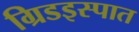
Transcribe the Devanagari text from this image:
ग्रिडइस्पात